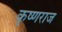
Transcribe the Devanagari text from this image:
कृष्‍णराज